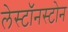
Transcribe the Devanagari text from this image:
लेस्टॉनस्टोन